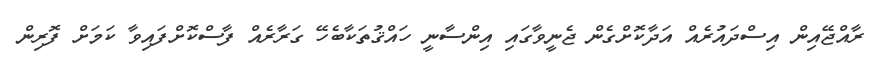
ރާއްޖޭއިން އިސްދައުރެއް އަދާކޮށްގެން ޖެނީވާގައި އިންސާނީ ހައްޤުތަކާބެހޭ ގަރާރެއް ފާސްކޮށްފައިވާ ކަމަށް ފޮރިން